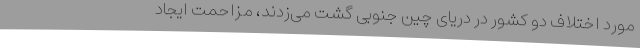
مورد اختلاف دو کشور در دریای چین جنوبی گشت می‌زدند، مزاحمت ایجاد